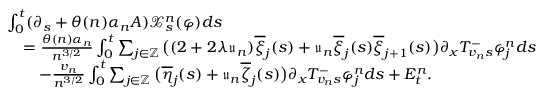
\begin{array} { r l } & { \int _ { 0 } ^ { t } ( \partial _ { s } + \theta ( n ) \alpha _ { n } A ) \mathcal { X } _ { s } ^ { n } ( \varphi ) d s } \\ & { \quad = \frac { \theta ( n ) \alpha _ { n } } { n ^ { 3 / 2 } } \int _ { 0 } ^ { t } \sum _ { j \in \mathbb { Z } } \big ( ( 2 + 2 \lambda \mathfrak { u } _ { n } ) \overline { { \xi } } _ { j } ( s ) + \mathfrak { u } _ { n } \overline { { \xi } } _ { j } ( s ) \overline { { \xi } } _ { j + 1 } ( s ) \big ) \partial _ { x } T _ { v _ { n } s } ^ { - } \varphi _ { j } ^ { n } d s } \\ & { \qquad - \frac { v _ { n } } { n ^ { 3 / 2 } } \int _ { 0 } ^ { t } \sum _ { j \in \mathbb { Z } } \big ( \overline { { \eta } } _ { j } ( s ) + \mathfrak { u } _ { n } \overline { { \zeta } } _ { j } ( s ) \big ) \partial _ { x } T _ { v _ { n } s } ^ { - } \varphi _ { j } ^ { n } d s + E _ { t } ^ { n } . } \end{array}